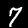
Digit: 7